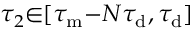
\tau _ { 2 } { \in } [ \tau _ { \mathrm { m } } { - } N \tau _ { \mathrm { d } } , \tau _ { \mathrm { d } } ]